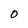
Character: O